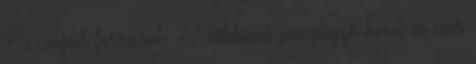
25 Saját források 27 Többéves pénzügyi keret és éves